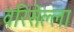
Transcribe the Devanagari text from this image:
वरिसेल्ला